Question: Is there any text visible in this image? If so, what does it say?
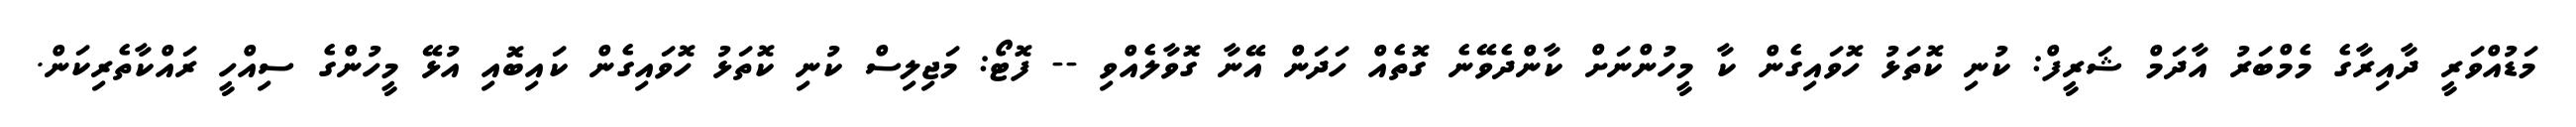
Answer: މަޑުއްވަރީ ދާއިރާގެ މެމްބަރު އާދަމް ޝަރީފް: ކުނި ކޮތަޅު ހޮވައިގެން ކާ މީހުންނަށް ކާންދެވޭނެ ގޮތެއް ހަދަން އޭނާ ގޮވާލެއްވި -- ފޮޓޯ: މަޖިލިސް ކުނި ކޮތަޅު ހޮވައިގެން ކައިބޮއި އުޅޭ މީހުންގެ ސިއްހީ ރައްކާތެރިކަން.